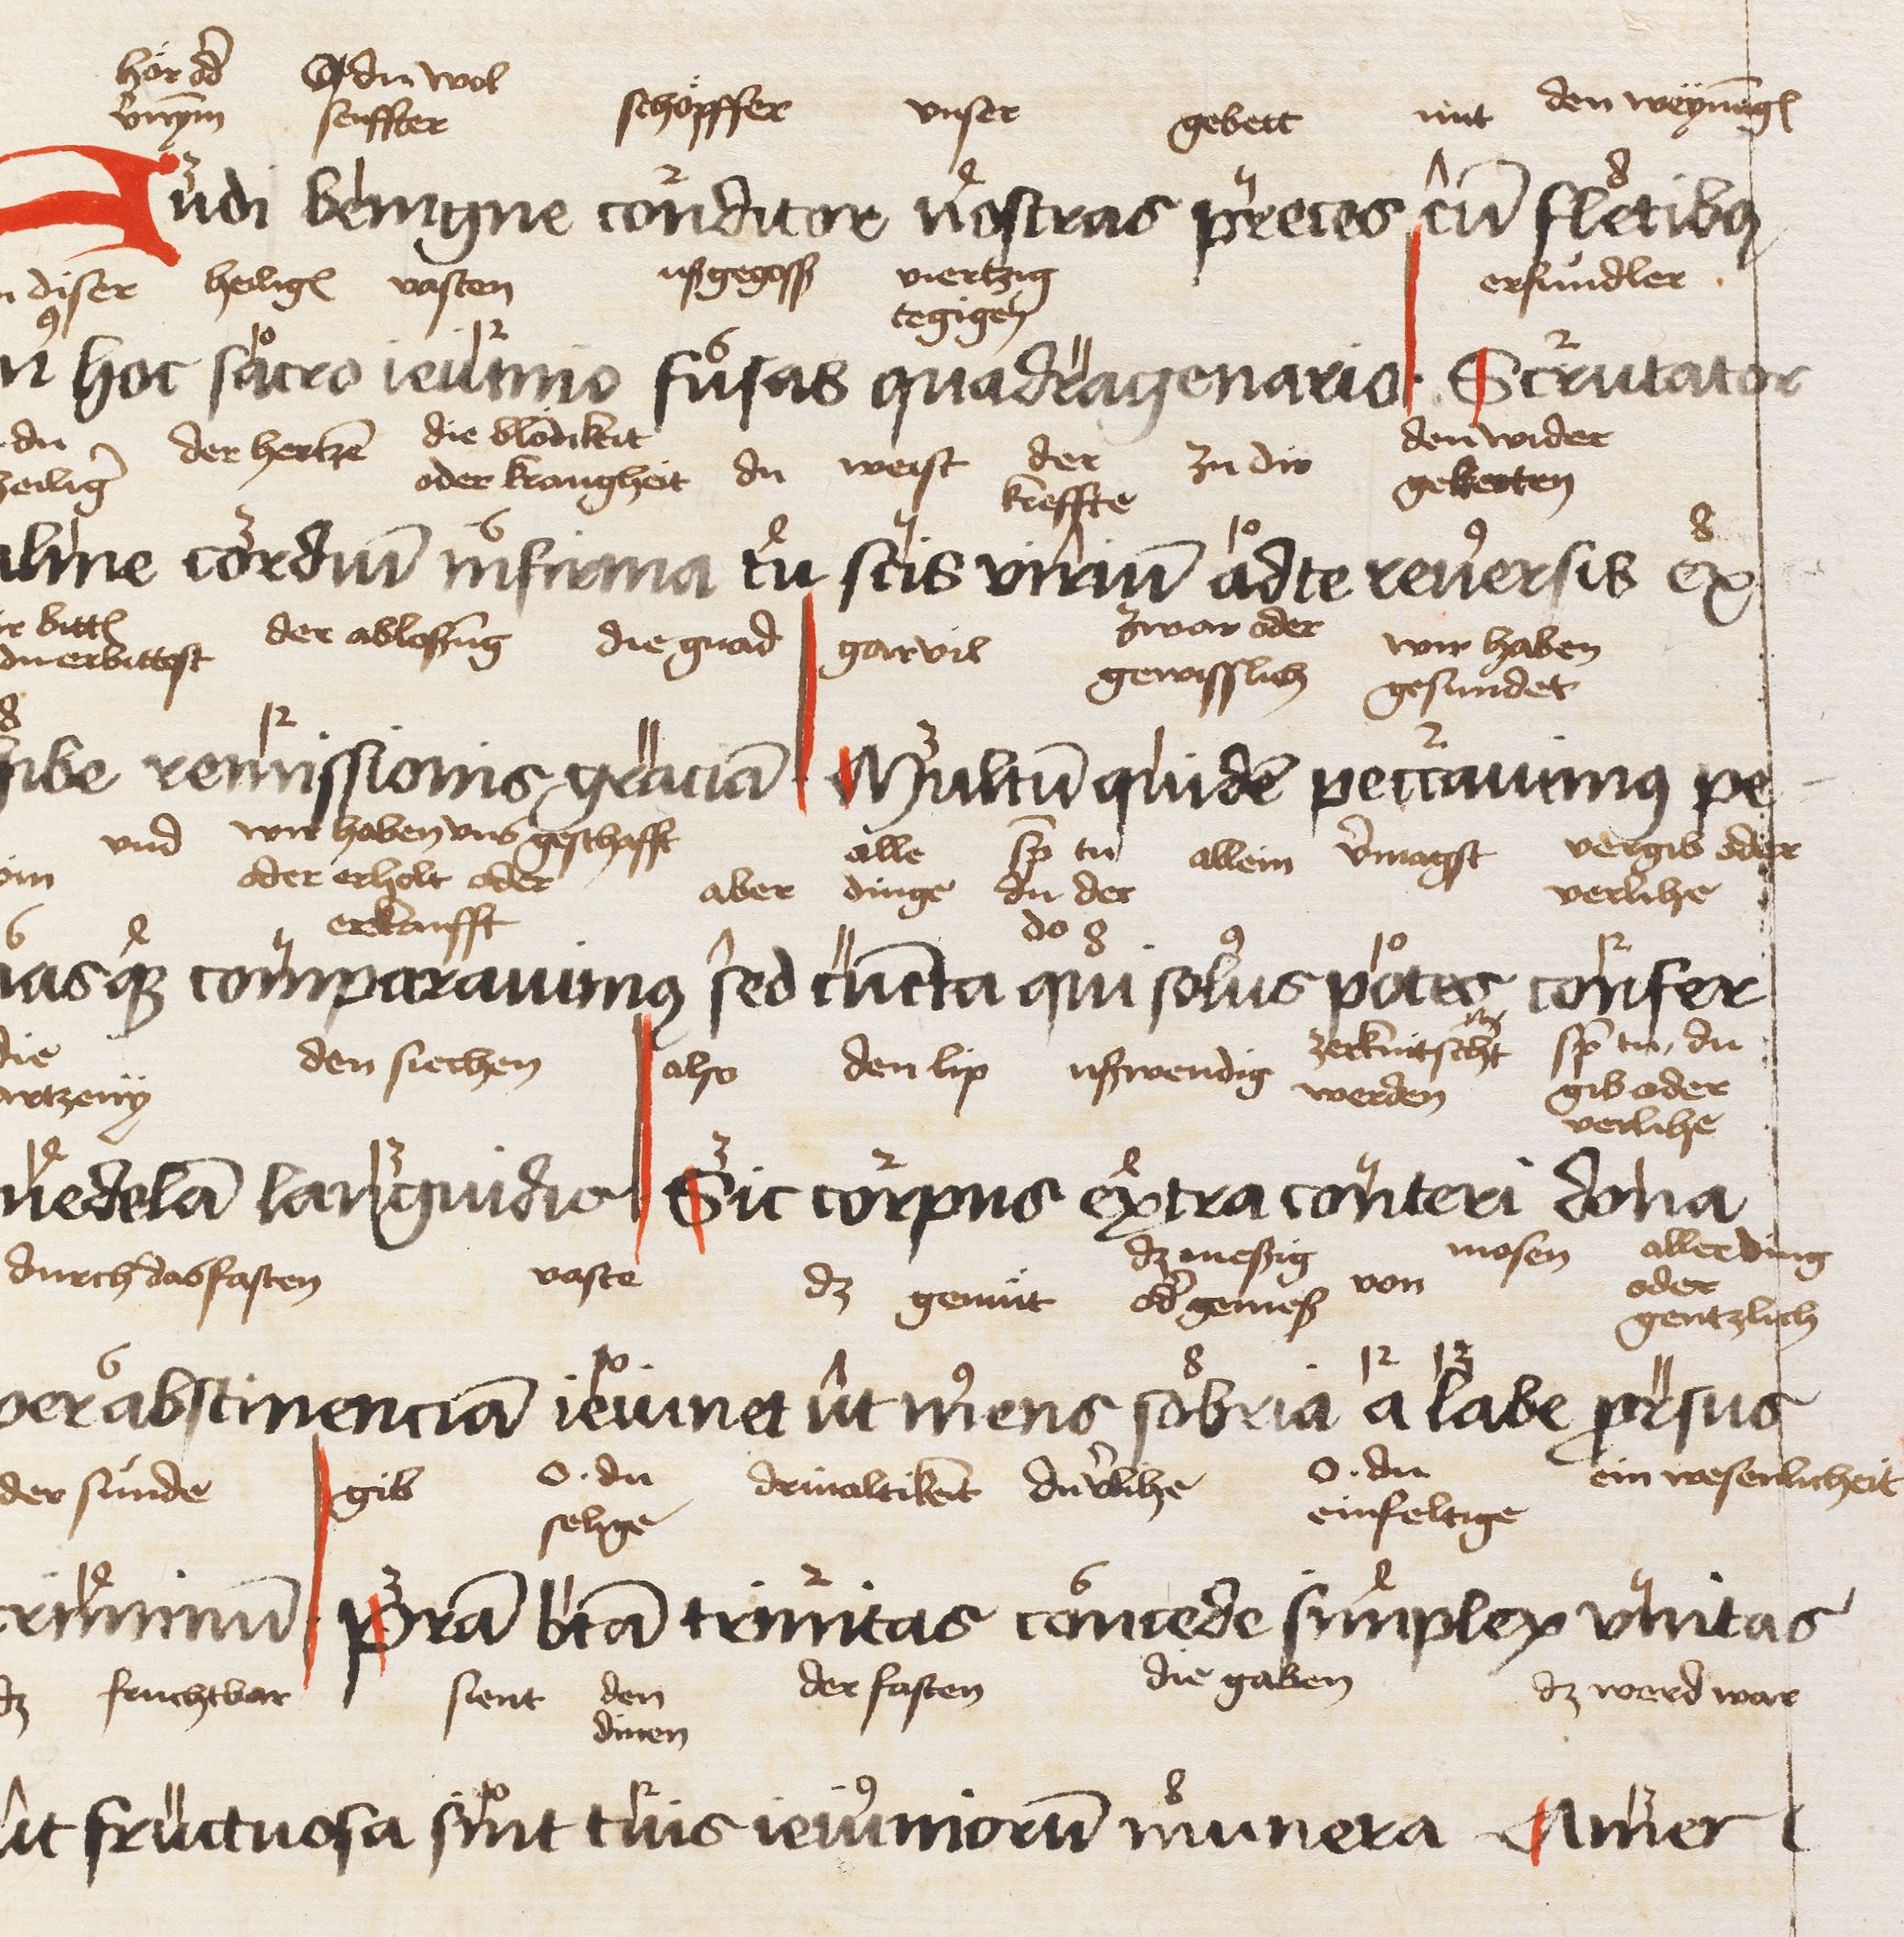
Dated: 1450–1499